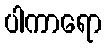
ပါကာရော